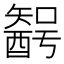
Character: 𨢰